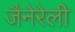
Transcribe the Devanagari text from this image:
जैनेरेली